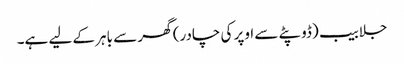
جلابیب (ڈوپٹے سے اوپر کی چادر) گھر سے باہر کے لیے ہے۔